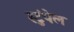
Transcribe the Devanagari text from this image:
स्टुंपेल